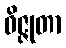
ဝိဇ္ဇုတာ